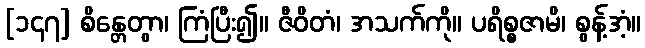
[၁၄၇] စိန္တေတွာ၊ ကြံပြီး၍။ ဇီဝိတံ၊ အသက်ကို။ ပရိစ္စဇာမိ၊ စွန့်အံ့။